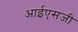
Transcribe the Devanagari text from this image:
आईएसजी